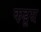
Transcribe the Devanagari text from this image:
कडूस